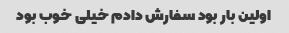
اولین بار بود سفارش دادم خیلی خوب بود